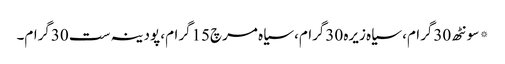
* سونٹھ 30گرام، سیاہ زیرہ 30گرام، سیاہ مرچ15گرام، پودینہ ست 30گرام۔